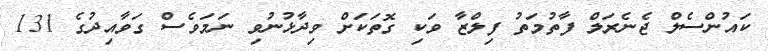
ކައުންސެލް ޖެނެރަލް ފާތުމަތު ފިލްޒާ ވަކި ގޮތަކަށް ވިދާޅުނުވި ނަމަވެސް ގަވާއިދުގެ 131